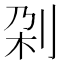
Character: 刴